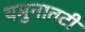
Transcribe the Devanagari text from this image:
यमुनातटी